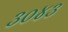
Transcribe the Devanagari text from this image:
३०४३